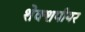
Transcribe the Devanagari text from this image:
शेक्शपीयर